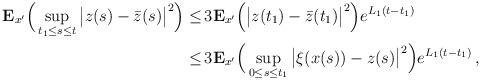
LaTeX: \begin{align*} \mathbf{E}_{x'}\Big(\sup_{t_1 \le s \le t}\big|z(s) - \bar{z}(s)\big|^2\Big) \le &\, 3 \mathbf{E}_{x'}\Big(\big|z(t_1) - \bar{z}(t_1)\big|^2\Big) e^{L_1(t-t_1)} \\ \le &\, 3 \mathbf{E}_{x'}\Big(\sup_{0 \le s \le t_1} \big|\xi(x(s)) - z(s)\big|^2\Big) e^{L_1(t-t_1)} \,, \end{align*}